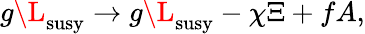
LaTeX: g\L_{\mathrm{susy}}\to g\L_{\mathrm{susy}}-\chi\Xi+fA,